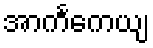
အာကင်္ကေယျ